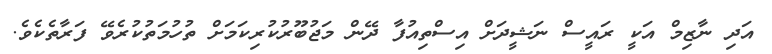
އަދި ނާޒިމް އަކީ ރައީސް ނަޝީދަށް އިސްތިއުފާ ދޭން މަޖުބޫރުކުރިކަމަށް ތުހުމަތުކުރެވޭ ފަރާތެކެވެ.